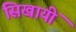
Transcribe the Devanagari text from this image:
सिखायीं